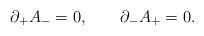
LaTeX: \begin{align*}\partial_+ A_- = 0, \qquad \partial_- A_+ = 0. \end{align*}